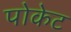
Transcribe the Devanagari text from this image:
पोकेट